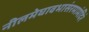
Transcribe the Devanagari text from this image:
नीलमेघावभासंरमामंदिरं